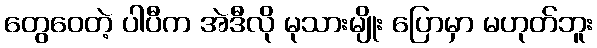
တွေဝေတဲ့ ပါပီက အဲဒီလို မုသားမျိုး ပြောမှာ မဟုတ်ဘူး